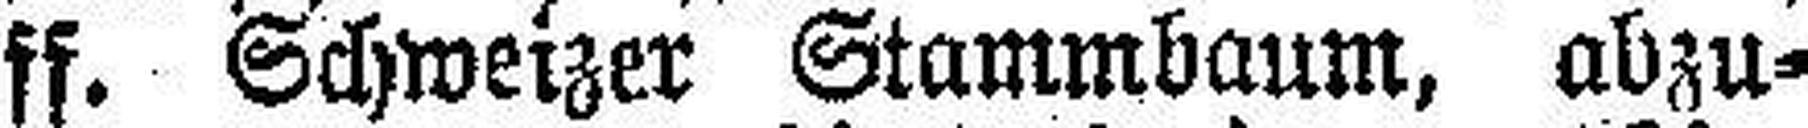
ff. Schweizer Stammbaum, abzu¬